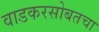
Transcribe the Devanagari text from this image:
वाडकरसोबतचा